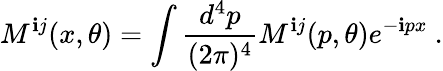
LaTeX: M^{\mathbf{i}j}(x,\theta)=\int{\frac{{d^{4}p}}{{(2\pi)^{4}}}}M^{\mathbf{i}j}(p,\theta)e^{-\mathbf{i}px}\ .